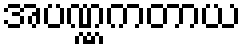
အပဏ္ဏကတာယ